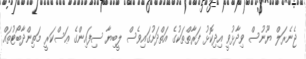
ޖެނެރަލް ޔޫނުސް ވިދާޅުވީ އިދިކޮޅު ފަރާތްތަކުގެ އަތްދަށުގައިވެސް ލީބިޔާ ސިފައިންގެ ޢަސްކަރީ މަތިންދާބޯޓުތައް